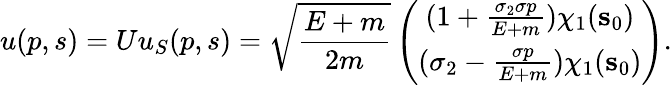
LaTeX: u(p,s)=Uu_{S}(p,s)=\sqrt{{\frac{E+m}{2m}}}\left(\begin{array}{c}{{(1+{\frac{\sigma_{2}{\mathbf\sigma p}}{E+m}})\chi_{1}({\mathbf s}_{0})}}\\ {{(\sigma_{2}-{\frac{\mathbf\sigma p}{E+m}})\chi_{1}({\mathbf s}_{0})}}\end{array}\right).